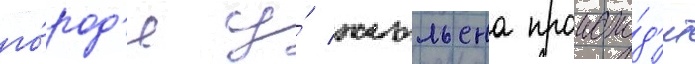
го́род'е у́ жюльена происхо́д'ит